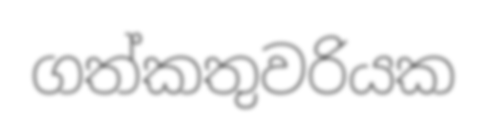
ගත්කතුවරියක